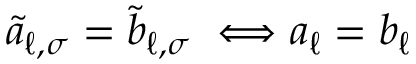
\tilde { a } _ { \ell , \sigma } = \tilde { b } _ { \ell , \sigma } \; \Longleftrightarrow { a } _ { \ell } = { b } _ { \ell }